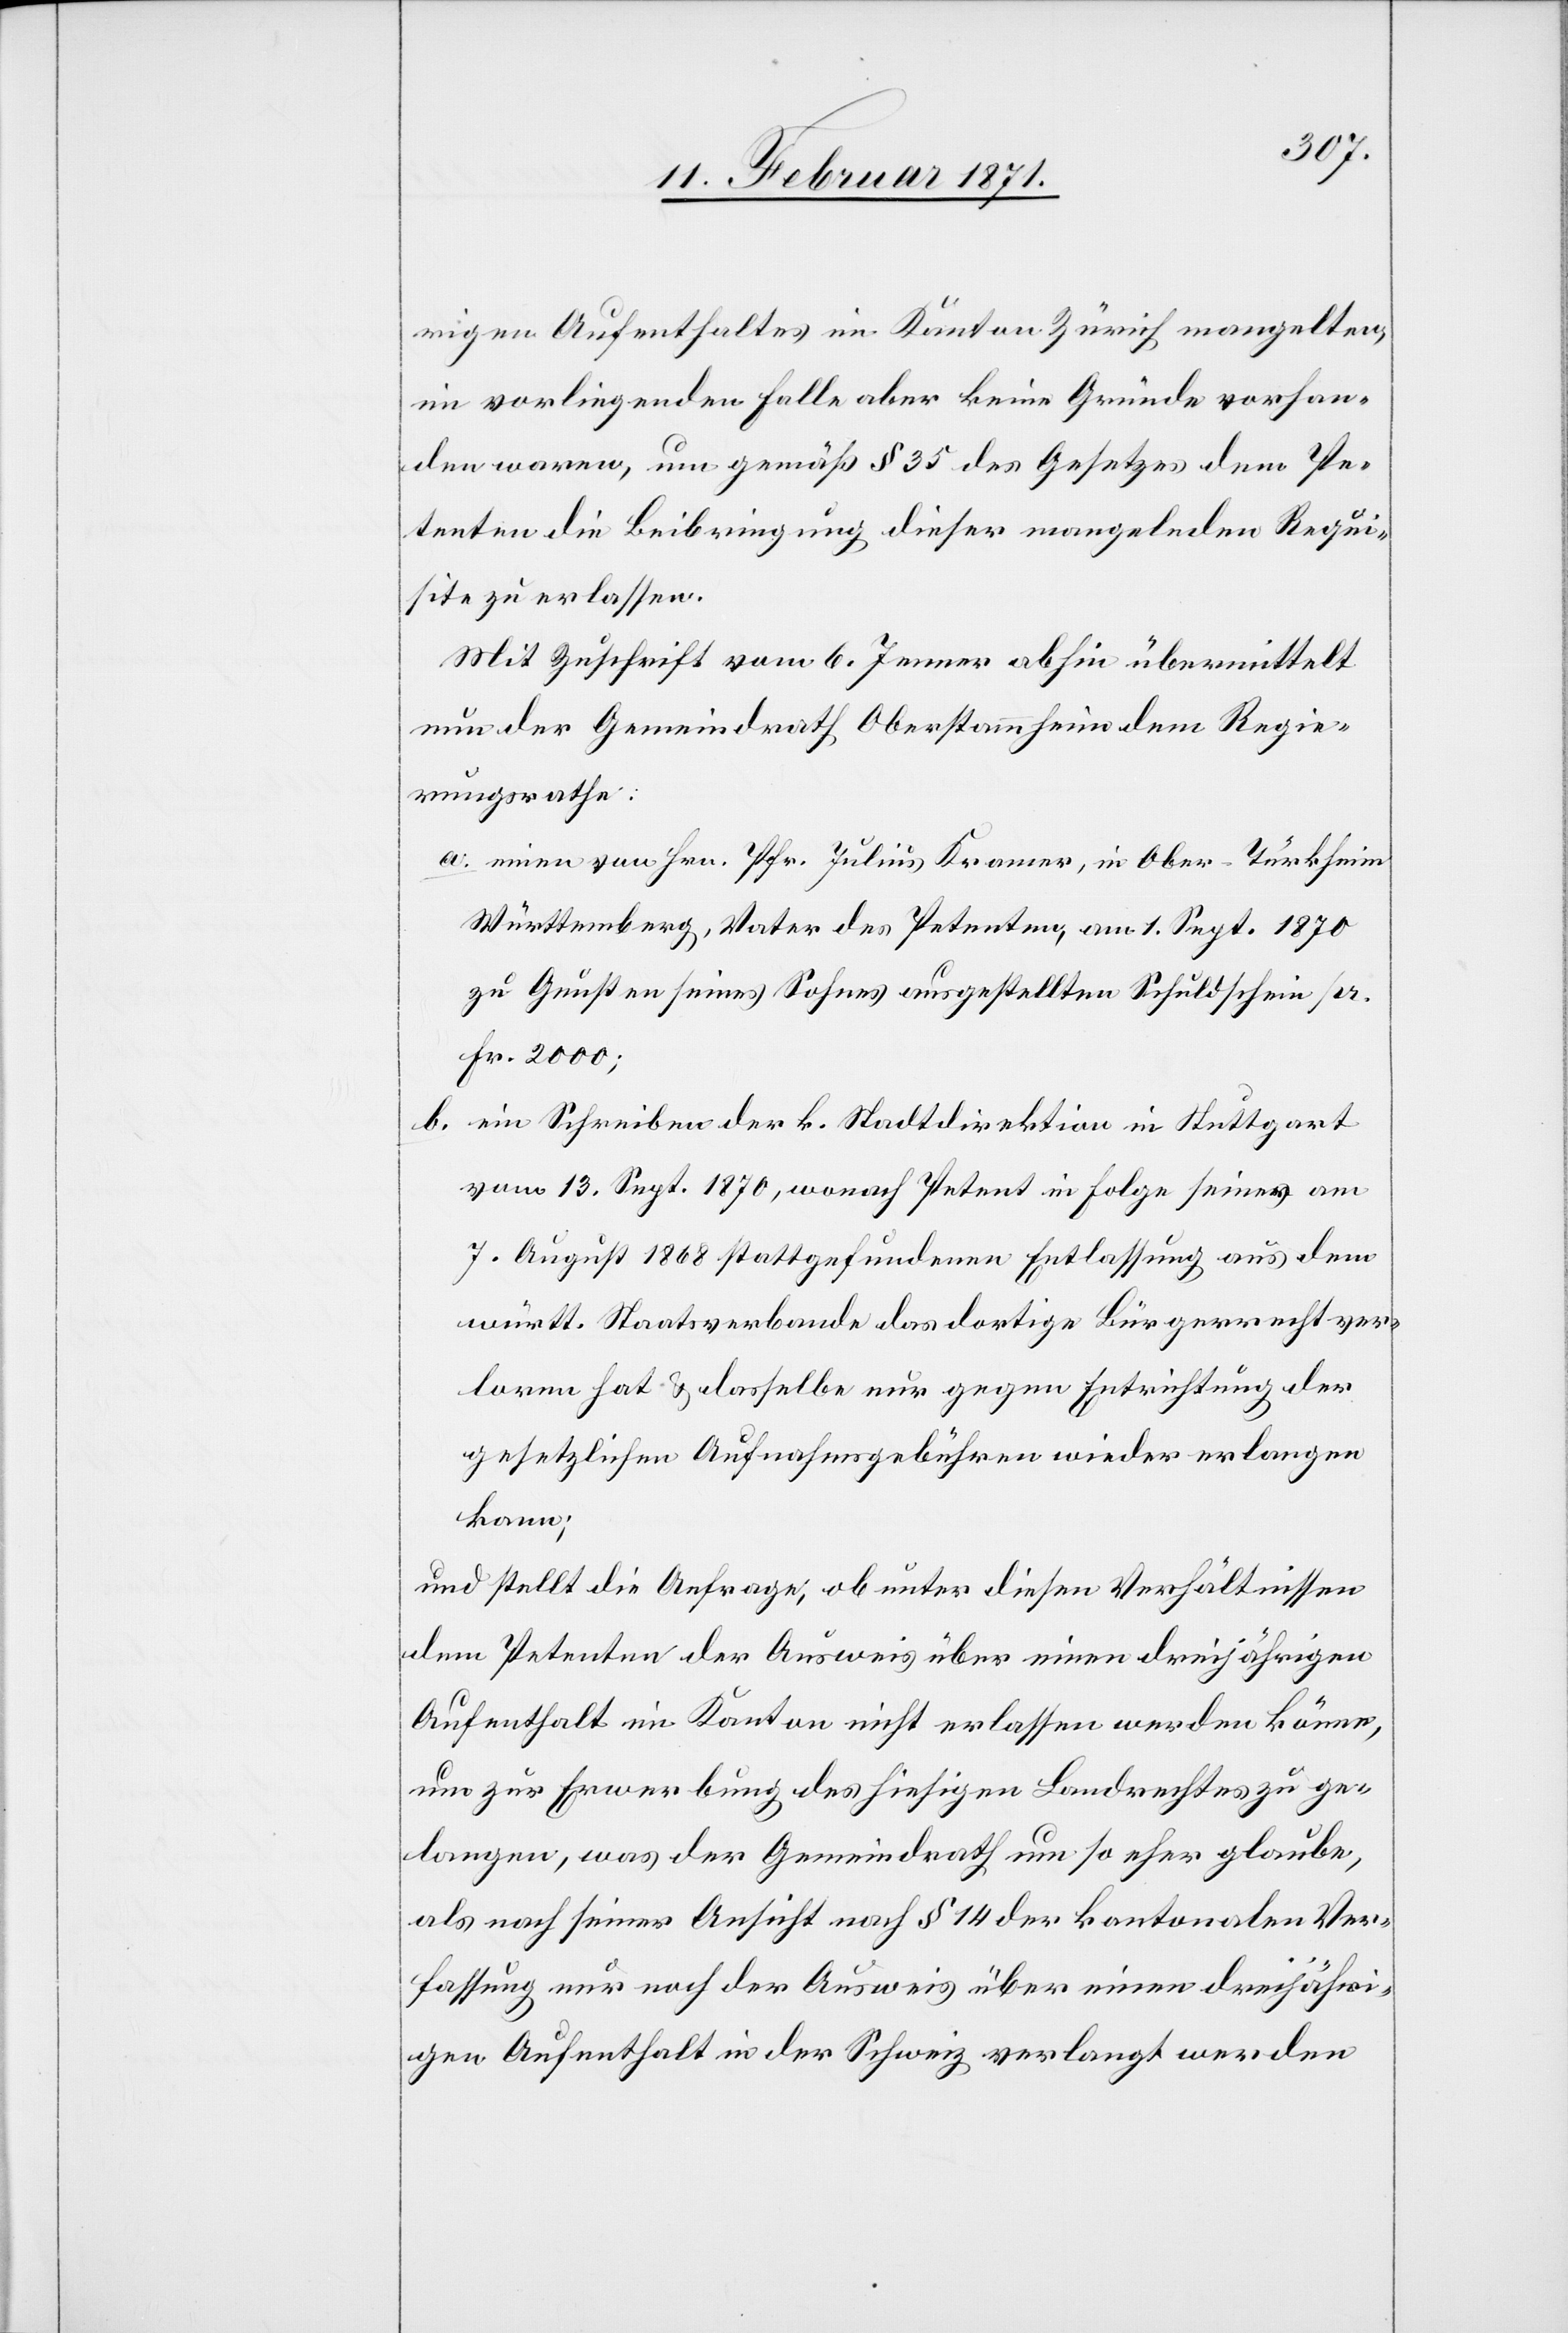
rigen Aufenthaltes im Kanton Zürich mangelten,
im vorliegenden Falle aber keine Gründe vorhan¬
den waren, um gemäß § 35 des Gesetzes dem Pe¬
tenten die Beibringung dieser mangelnden Requi¬
site zu erlassen.
Mit Zuschrift vom 6. Jenner abhin übermittelt
nun der Gemeindrath Oberstammheim dem Regie¬
rungsrathe:
a. einen von Hrn. Pfr. Julius Kramer, in Ober-Türkheim
Württemberg, Notar des Petenten, am 1. Sept. 1870
zu Gunsten seines Sohnes ausgestellten Schuldschein pr.
Fr. 2000;
b. ein Schreiben der k. Stadtdirektion in Stuttgart
vom 13. Sept. 1870, wonach Petent in Folge seiner am
7. August stattgefundenen Entlassung aus dem
württ. Staatsverbande das dortige Bürgerrecht ver¬
loren hat u. dasselbe nur gegen Entrichtung der
gesetzlichen Aufnahmegebühren wieder erlagen
kann;
und stellt die Anfrage, ob unter diesen Verhältnissen
dem Petenten der Ausweis über einen dreijährigen
Aufenthalt im Kanton nicht erlassen werden könne,
um zur Erwerbung des hiesigen Landrechtes zu ge¬
langen, was der Gemeindrath um so eher glaube,
als nach seiner Ansicht nach § 14 der kantonalen Ver¬
fassung nur noch der Ausweis über einen dreijähri¬
gen Aufenthalt in der Schweiz verlangt werden